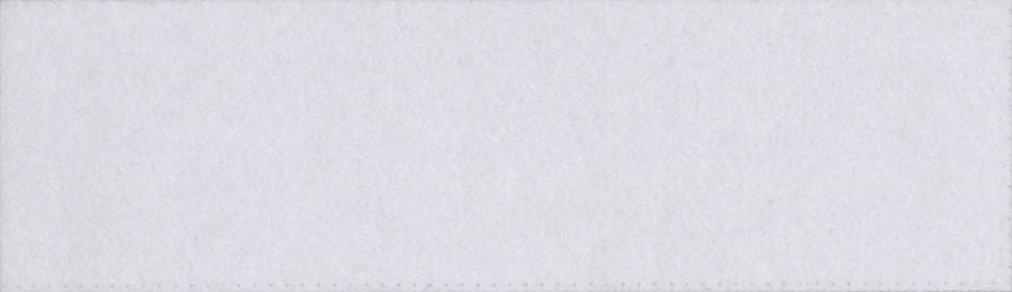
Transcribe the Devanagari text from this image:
मुसलमान